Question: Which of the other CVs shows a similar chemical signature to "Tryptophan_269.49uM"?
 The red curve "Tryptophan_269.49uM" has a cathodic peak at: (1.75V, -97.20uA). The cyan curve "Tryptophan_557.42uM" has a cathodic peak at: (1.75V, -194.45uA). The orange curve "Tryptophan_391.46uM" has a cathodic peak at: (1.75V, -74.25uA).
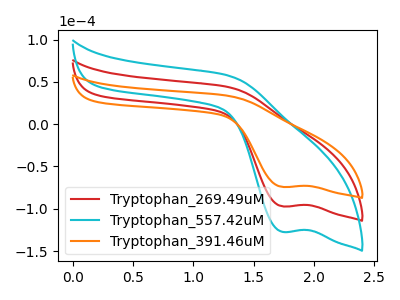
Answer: <think>All the peaks in "Tryptophan_269.49uM" have a peak in "Tryptophan_557.42uM" at the same potential. Every peak in "Tryptophan_269.49uM" is lower than every peak in "Tryptophan_557.42uM". All the peaks in "Tryptophan_269.49uM" have a peak in "Tryptophan_391.46uM" at the same potential. Every peak in "Tryptophan_269.49uM" is higher than every peak in "Tryptophan_391.46uM". All the peaks in "Tryptophan_557.42uM" have a peak in "Tryptophan_391.46uM" at the same potential. Every peak in "Tryptophan_557.42uM" is higher than every peak in "Tryptophan_391.46uM".
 </think>
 <answer>"Tryptophan_269.49uM" and "Tryptophan_557.42uM" have a similar shape to "Tryptophan_391.46uM".</answer>
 <eval>"Tryptophan_269.49uM" "Tryptophan_557.42uM"</eval>